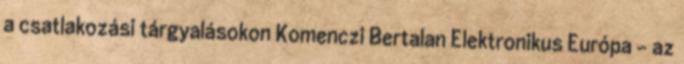
a csatlakozási tárgyalásokon Komenczi Bertalan Elektronikus Európa – az